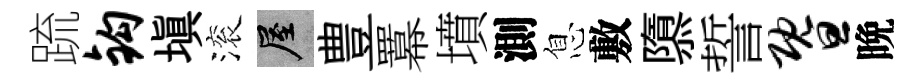
䟽钩填滚屋豊羃墳測息敷隳誓暨晩